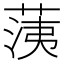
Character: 𦳂